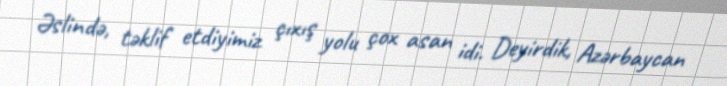
Əslində, təklif etdiyimiz çıxış yolu çox asan idi. Deyirdik, Azərbaycan